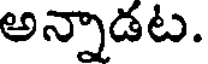
అన్నాడట.